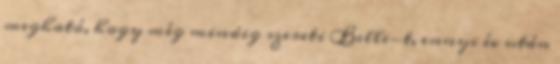
megható, hogy még mindig szereti Belle-t, ennyi év után